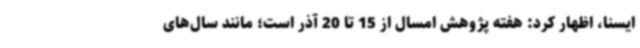
ایسنا، اظهار کرد: هفته پژوهش امسال از 15 تا 20 آذر است؛ مانند سال‌های